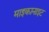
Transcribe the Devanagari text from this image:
माइकानाइट